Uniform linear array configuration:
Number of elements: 8
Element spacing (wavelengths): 1
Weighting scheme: hamming
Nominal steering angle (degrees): -60
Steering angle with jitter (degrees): -60.992
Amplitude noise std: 0.05
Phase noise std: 0.05

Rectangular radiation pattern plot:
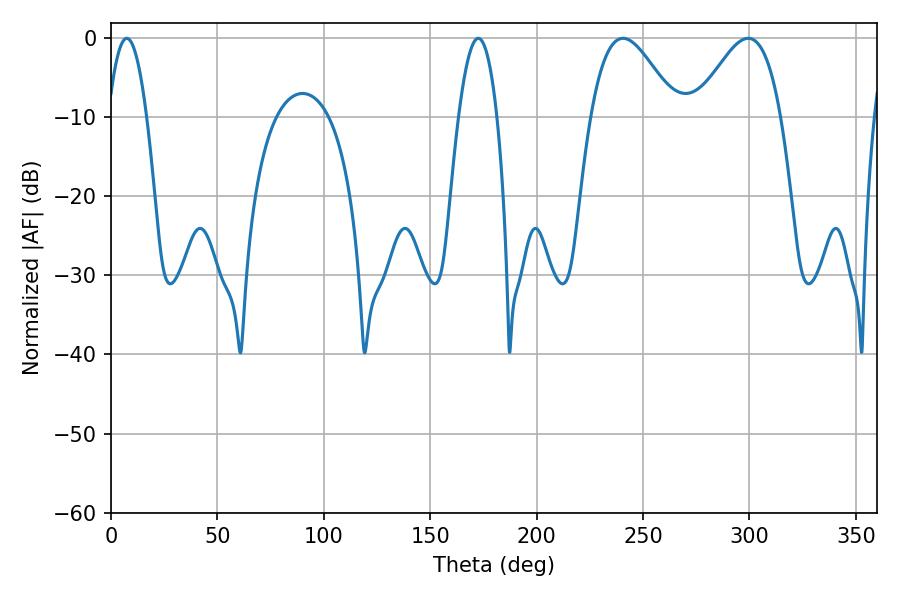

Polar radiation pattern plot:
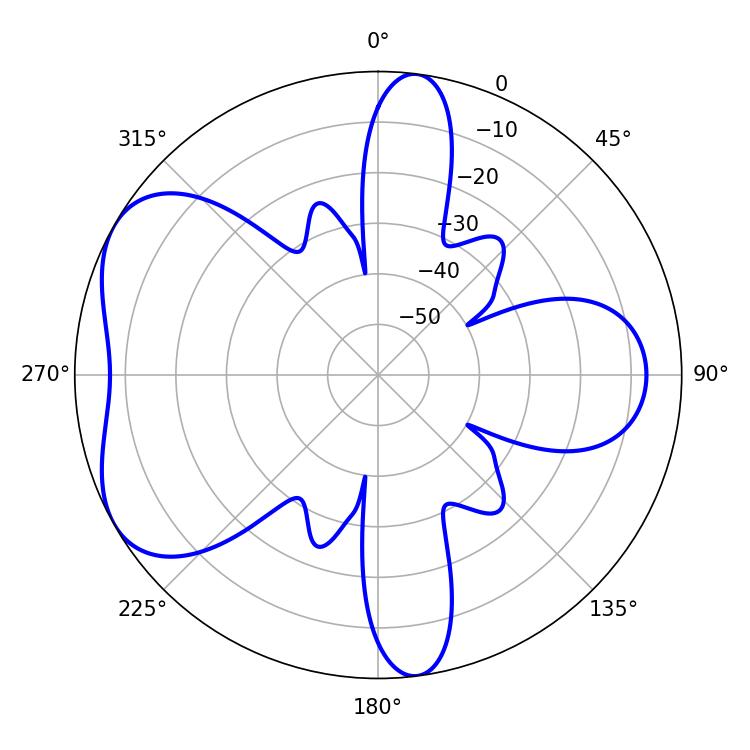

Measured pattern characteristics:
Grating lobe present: TRUE
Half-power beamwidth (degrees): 9.9
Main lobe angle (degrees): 7.38